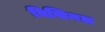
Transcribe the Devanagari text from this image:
विसिनल